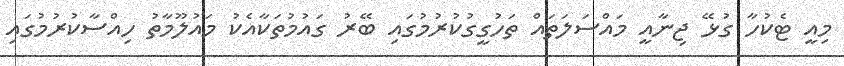
މިއީ ޓެކުހާ ގުޅޭ ޖިނާއީ މައްސަލަތައް ތަހުގީގުކުރުމުގައި ބޭރު ގައުމުތަކާއެކު މައުލޫމާތު ހިއްސާކުރުމުގައި